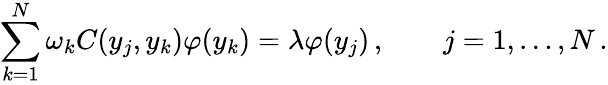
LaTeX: \sum_{k=1}^{N}\omega_{k}C(y_{j},y_{k})\varphi(y_{k})=\lambda\varphi(y_{j})\, ,\qquad j=1,\ldots,N\, .